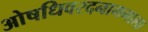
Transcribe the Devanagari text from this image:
ओषधिवरदनाममाला